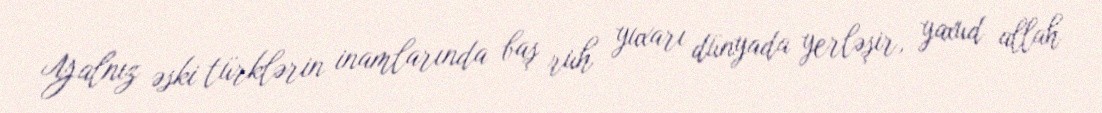
Yalnız əski türklərin inamlarında baş ruh yuxarı dünyada yerləşir, yaxud allah